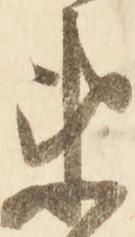
衛